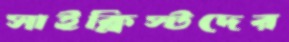
সাইক্লিস্টদের